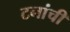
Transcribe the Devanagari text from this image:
टनांची